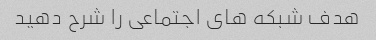
هدف شبکه های اجتماعی را شرح دهید